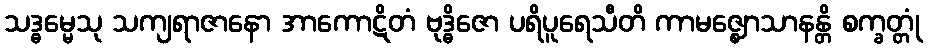
သဒ္ဓမ္မေသု သကျရာဇာနော အာကောဋိတံ ဗုဒ္ဓိဇော ပရိပူရေသီတိ ကာမဇ္ဈောသာနန္တိ စက္ခတ္တုံ